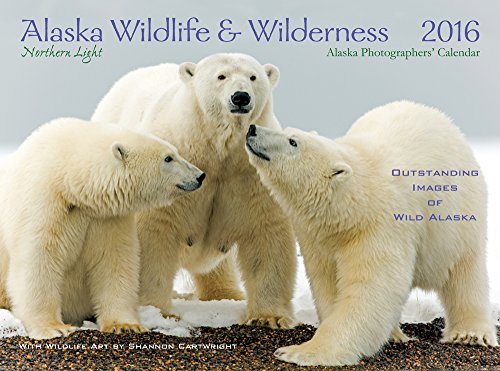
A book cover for Alaska Wildlife & Wilderness Calendar 2016 wall calendar; Calendars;